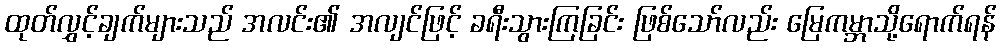
ထုတ်လွှင့်ချက်များသည် အလင်း၏ အလျင်ဖြင့် ခရီးသွားကြခြင်း ဖြစ်သော်လည်း မြေကမ္ဘာသို့ရောက်ရန်